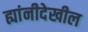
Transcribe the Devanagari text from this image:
ह्यांनीदेखील